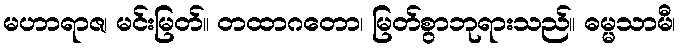
မဟာရာဇ၊ မင်းမြတ်။ တထာဂတော၊ မြတ်စွာဘုရားသည်။ ဓမ္မသာမီ၊